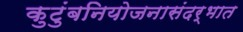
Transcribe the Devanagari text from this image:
कुटुंबनियोजनासंदर्भात